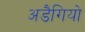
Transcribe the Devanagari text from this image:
अडैगियो